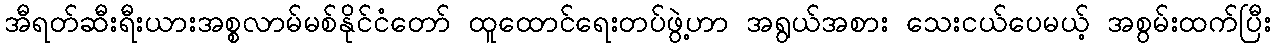
အီရတ်ဆီးရီးယားအစ္စလာမ်မစ်နိုင်ငံတော် ထူထောင်ရေးတပ်ဖွဲ့ဟာ အရွယ်အစား သေးငယ်ပေမယ့် အစွမ်းထက်ပြီး